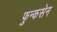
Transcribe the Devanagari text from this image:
फुन्कसेन